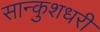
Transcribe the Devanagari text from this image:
सान्कुशधरी